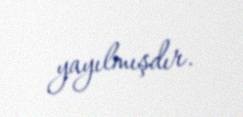
yayılmışdır.